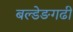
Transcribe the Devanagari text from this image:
बल्डेङगढी